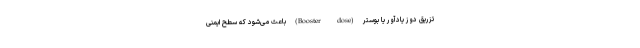
تزریق دوز یادآور یا بوستر (Booster dose) باعث می‌شود که سطح ایمنی